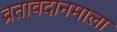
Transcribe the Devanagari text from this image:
व्रतावदानमाला